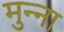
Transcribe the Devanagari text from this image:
मुन्‍ना